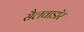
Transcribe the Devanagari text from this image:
सैलवाडॉर